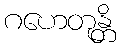
ဂဟေတုန္တိ